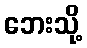
ဘေးသို့